Report on the working of the mental hospitals for Indians in Bihar and Orissa - 1925-1929
Year: 1925
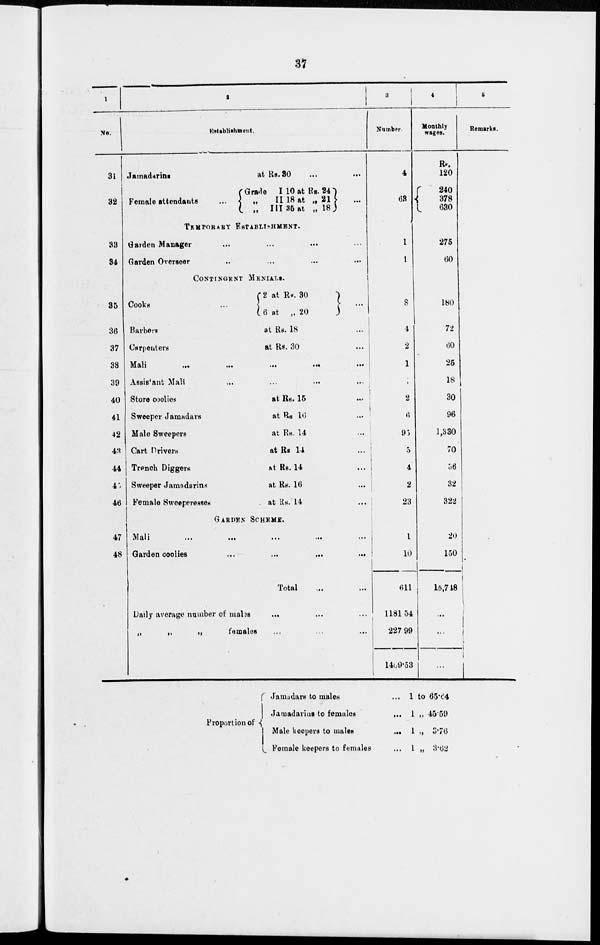
37
1
No.
31
32
33
34
35
36
37
38
39
40
41
42
43
44
45
46
47
48
2
Establishment.
Jamadarins
at Rs. 30
Female attendants
Grade
I 10 at Rs. 24
„ II 18 at „ 21
„
III 35 at „ 18 ...
TEMPORARY ESTABLISHMENT.
Garden Manager
Garden Overseer
CONTINGENT MENTAL.
Cooks
Barbers
Carpenters
2 at Rs. 30
6 at
„ 20
at Rs. 18
at Rs. 30
...
Mali
...
...
...
...
Assistant Mali ... ... ...
Store coolies
at Rs. 15
Sweeper Jamadars
at Rs. 16
Male Sweepers
at Rs. 14
Cart Drivers
at
Rs.
14
Trench Diggers
at Rs. 14
Sweeper Jamadarins
at Rs. 16
Female Sweeperesses
at Rs. 14
GARDEN SCHEME.
Mali ... ... ... ...
Garden coolies ... ... ...
Total
Daily average number of males
...
„
„
„
females
3
Number.
4
63
1
1
8
4
2
1
1
2
6
95
5
4
2
23
1
10
611
1181.54
227.99
1409.53
4
Monthly
wages.
Rs
120
240
378
630
275
60
180
72
60
25
18
30
96
1,330
70
56
32
322
20
150
15,748
...
...
...
5
Remarks.
Proportion of
Jamadars to males
Jamadarins to females
Male keepers to males
Female keepers to females
... 1 to 65.64
... 1 „ 45.69
... 1 „ 3.76
... 1 „ 3.62